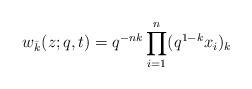
LaTeX: \begin{align*}w_{\bar k}(z;q,t) = q^{-nk} \prod_{i=1}^n (q^{1-k} x_i)_k \end{align*}